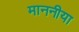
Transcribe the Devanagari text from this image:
माननीया